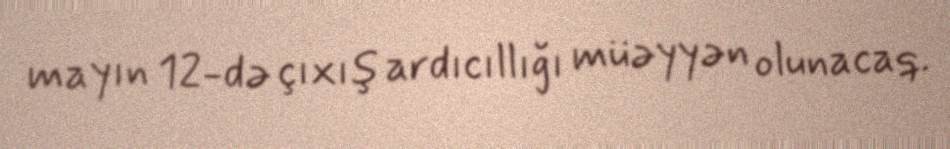
mayın 12-də çıxış ardıcıllığı müəyyən olunacaq.